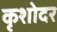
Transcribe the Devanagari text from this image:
कृशोदर